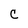
Character: C